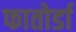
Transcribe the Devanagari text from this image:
फातोर्डा